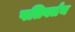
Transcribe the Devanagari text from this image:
पतिवर्तन